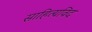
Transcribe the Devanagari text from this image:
साहित्यविद